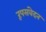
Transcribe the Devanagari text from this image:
रूपसंवेदन